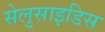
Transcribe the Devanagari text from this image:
सेलुसाइडिस